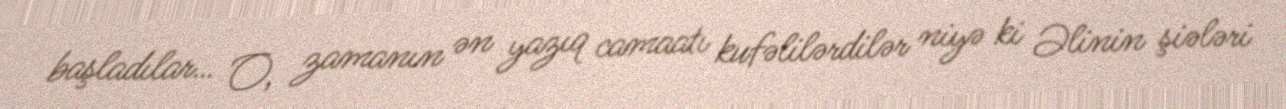
başladılar… O, zamanın ən yazıq camaatı kufəlilərdilər niyə ki Əlinin şiələri